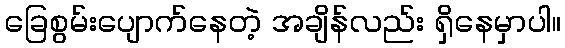
ခြေစွမ်းပျောက်နေတဲ့ အချိန်လည်း ရှိနေမှာပါ။